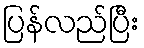
ပြန်လည်ပြီး